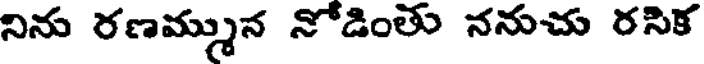
నిను రణమ్మున నోడింతు ననుచు రసిక